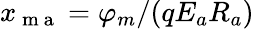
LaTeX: x_{\mathrm{~m~a~}}=\varphi_{m}/(qE_{a}R_{a})